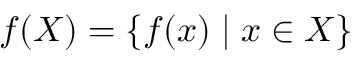
f ( X ) = \{ f ( x ) \mid x \in X \}